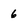
Character: 6